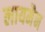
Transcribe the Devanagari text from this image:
लायमैन